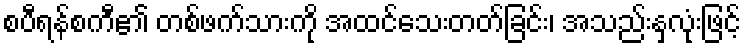
စပီရန်စကီ၏ တစ်ဖက်သားကို အထင်သေးတတ်ခြင်း၊ အသည်းနှလုံးဖြင့်